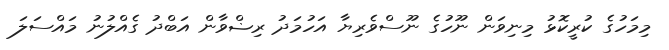
މިމަހުގެ ކުރީކޮޅު މިނިވަން ނޫހުގެ ނޫސްވެރިޔާ އަހުމަދު ރިޟްވާން އަބްދު ގެއްލުނު މައްސަލަ